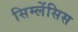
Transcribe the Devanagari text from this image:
सिम्लेंसिस